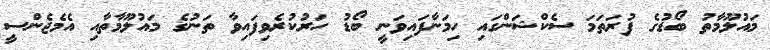
މައުލޫމާތު ބޯޑުގެ ފުރަތަމަ ސެކްޝަންގައި ހިމަނާފައިވަނީ ބޯޑު ހަރުކުރެވިފައިވާ ތަނުގެ މައުލޫމާތާއި އެމެޖެންސީ